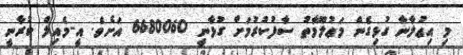
މި އިޢުލާނާ ގުޅިގެން މަޢުލޫމާތު ސާފުކުރުމަށް ގުޅާނީ 6680060 އަށެވެ. އީ-މެއިލް ކުރާނީ